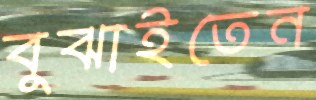
বুঝাইতেন